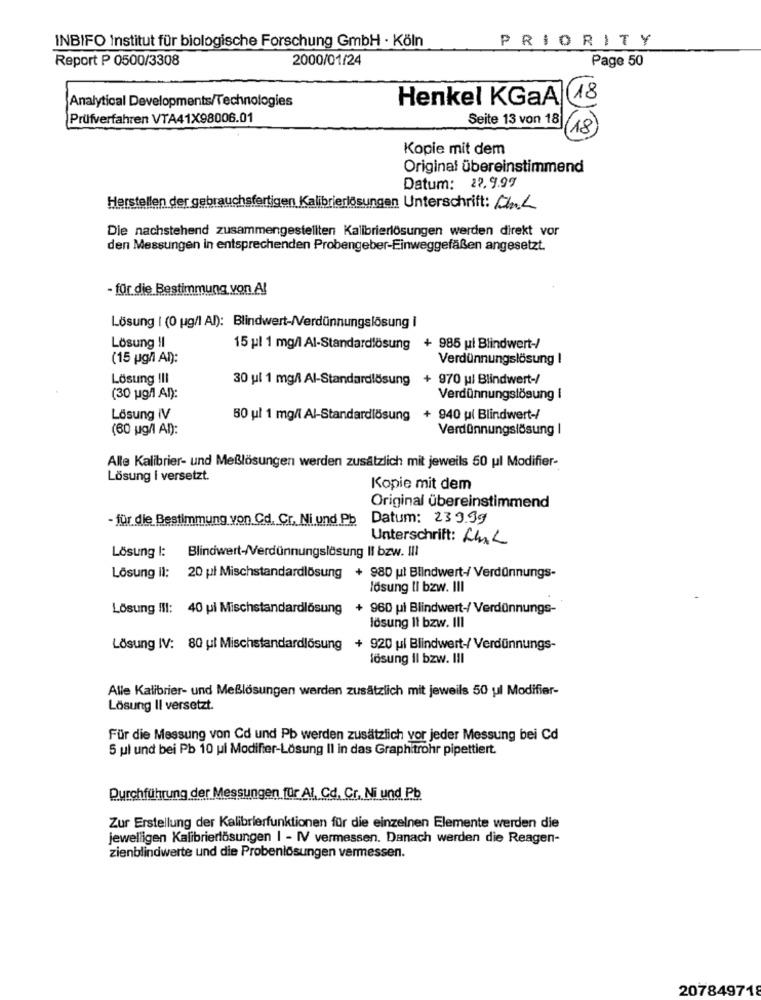
INBIFO Institut für biologische Forschung GmbH · Köln
PRIORITY
Report P 0500/3308
2000/01/24
Page 50
Analytical Developments/Technologies
Henkel KGaA 18
Prüfverfahren VTA41X98006.01
Seite 13 von 18
18
Kopie mit dem
Original übereinstimmend
Datum: 27.9.99
Herstellen der gebrauchsfertigen Kalibrierlösungen Unterschrift: CnL
Die nachstehend zusammengestellten Kalibrierlösungen werden direkt vor
den Messungen in entsprechenden Probengeber-Einweggefäßen angesetzt.
- für die Bestimmung von Al
Lösung | (0 ug/1 Al): Blindwert-/Verdünnungslösung i
Lösung !I
15 pl 1 mg/l Al-Standardlösung + 985 ui Blindwert-/
(15 pg/] Al):
Verdünnungslösung I
Lösung III
30 ul 1 mg/l Al-Standardlösung
+ 970 ul Blindwert-/
(30 ug/] An):
Verdünnungslösung I
Lösung iV
50 ul 1 mg/l Al-Standardlösung + 940 ul Blindwert-/
(60 ug/l Al):
Verdünnungslösung I
Alle Kalibrier- und Meßlösungen werden zusätzlich mit jeweils 50 ul Modifier-
Lösung i versetzt.
Kopie mit dem
Original übereinstimmend
- für die Bestimmung von Cd. Cr, Ni und Pb Datum: 23999
Unterschrift: HurL
Lösung I: Blindwert-/Verdünnungslösung Il bzw. III
Lösung il: 20 pl Mischstandardlösung + 980 ul Blindwert-/ Verdünnungs-
lösung li bzw. III
Lösung III: 40 pi Mischstandardlösung + 960 pi Blindwert-/ Verdünnungs-
lösung It bzw. III
Lösung IV: 80 ul Mischstandardlösung + 920 ul Blindwert-/ Verdünnungs-
lösung il bzw. III
Alle Kalibrier- und Meßlösungen werden zusätzlich mit jeweils 50 ul Modifier-
Lösung II versetzt.
Für die Messung von Cd und Pb werden zusätzlich vor jeder Messung bei Cd
5 ul und bei Pb 10 ul Modifier-Lösung Il in das Graphitrohr pipettiert.
Durchführung der Messungen für Al, Cd, Cr, Ni und Pb
Zur Erstellung der Kalibrierfunktionen für die einzelnen Elemente werden die
jewelligen Kalibrierlösungen I - IV vermessen. Danach werden die Reagen-
zienblindwerte und die Probenlösungen vermessen.
207849718